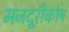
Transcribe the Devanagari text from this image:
मजदूरीकोष